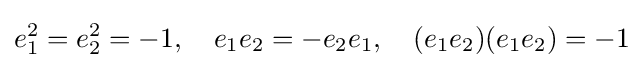
e_{1}^{2}=e_{2}^{2}=-1,\quad e_{1}e_{2}=-e_{2}e_{1},\quad (e_{1}e_{2})(e_{1}e_{2})=-1